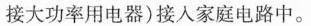
接大功率用电器)接人家庭电路中。